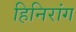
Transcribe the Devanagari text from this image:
हिनिरांग